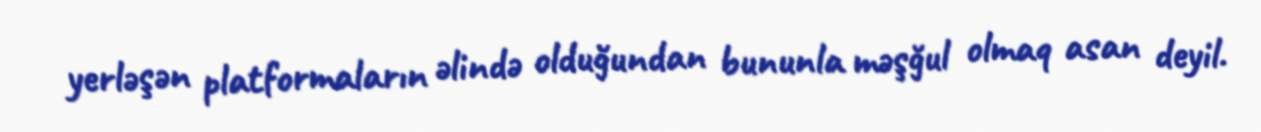
yerləşən platformaların əlində olduğundan bununla məşğul olmaq asan deyil.